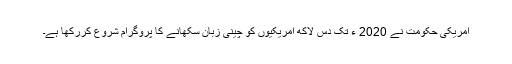
امریکی حکومت نے 2020 ء تک دس لاکھ امریکیوں کو چینی زبان سکھانے کا پروگرام شروع کررکھا ہے۔